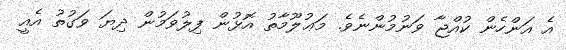
އެ އަންހެން ކުއްޖާ ވަނުމުންނެވެ. މަޢުލޫމާތު އޮޅުން ފިލުވަމުން ދިޔަ ވަގުތު އެއީ